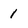
Character: 1